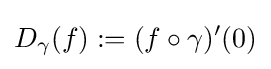
{D_{\gamma }}(f):=(f\circ \gamma )'(0)